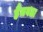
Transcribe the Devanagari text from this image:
हैमवठा